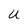
Character: U